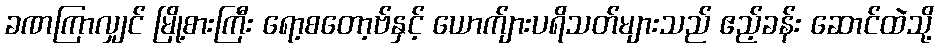
ခဏကြာလျှင် မြို့စားကြီး ရော့စတော့ဗ်နှင့် ယောက်ျားပရိသတ်များသည် ဧည့်ခန်း ဆောင်ထဲသို့